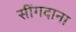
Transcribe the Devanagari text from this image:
सींगदाना